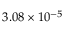
3 . 0 8 \times 1 0 ^ { - 5 }